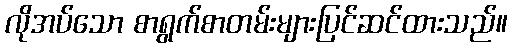
လိုအပ်သော စာရွက်စာတမ်းများပြင်ဆင်ထားသည်။